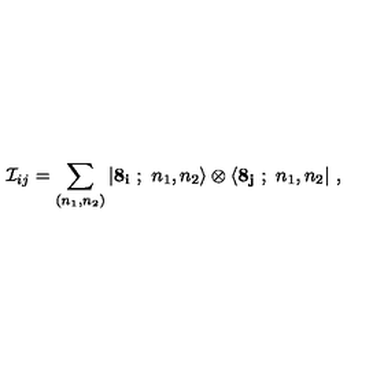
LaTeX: { \cal I } _ { i j } = \sum _ { ( n _ { 1 } , n _ { 2 } ) } | { \bf 8 _ { i } } \ ; \ n _ { 1 } , n _ { 2 } \rangle \otimes \langle { \bf 8 _ { j } } \ ; \ n _ { 1 } , n _ { 2 } | \ ,